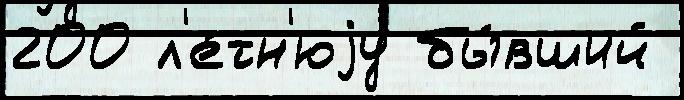
200 л'е́тн'юjу бы́вший